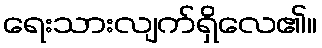
ရေးသားလျက်ရှိလေ၏။